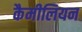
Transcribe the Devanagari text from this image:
कैमीलियन